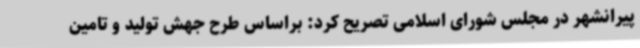
پیرانشهر در مجلس شورای اسلامی تصریح کرد: براساس طرح جهش تولید و تامین